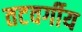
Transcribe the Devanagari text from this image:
तटवर्गीय